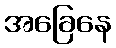
အခြေနေ